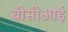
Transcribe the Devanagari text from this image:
बीसीआई